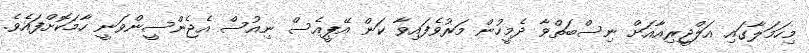
މިހަމަލާގައި އަލްޖީރިއާއަށް ނިސްބަތްވާ ދެމީހުން މަރުވެފައިވާ ކަން އޭޕީއެސް ނިއުސް އެޖެންސީންވަނީ ހާމަކޮށްފައެވެ.